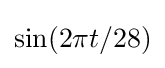
\sin(2\pi t/28)